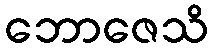
ဘောဇေသိ